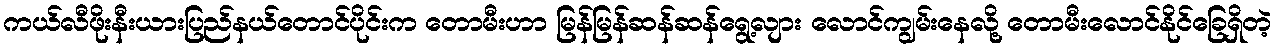
ကယ်လီဖိုးနီးယားပြည်နယ်တောင်ပိုင်းက တောမီးဟာ မြန်မြန်ဆန်ဆန်ရွေ့လျား လောင်ကျွမ်းနေလို့ တောမီးလောင်နိုင်ခြေရှိတဲ့